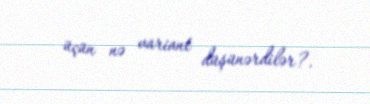
üçün nə variant düşünərdilər?.